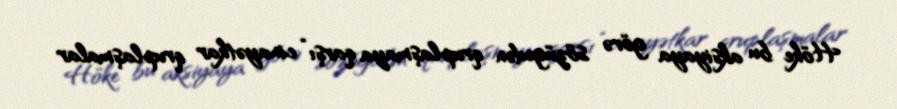
Höke bu aksiyaya görə sözügedən qruplaşmaya qarşı “cinayətkar qruplaşmalar